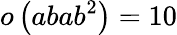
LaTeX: o\left(abab^{2}\right)=10